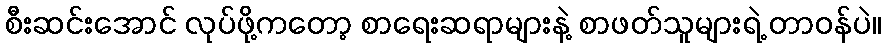
စီးဆင်းအောင် လုပ်ဖို့ကတော့ စာရေးဆရာများနဲ့ စာဖတ်သူများရဲ့ တာဝန်ပဲ။